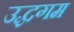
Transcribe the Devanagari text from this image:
उद्धगम